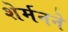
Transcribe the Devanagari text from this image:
शेर्मनने